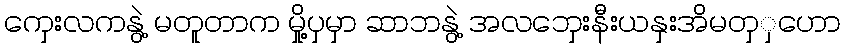
ကှေးလကနွဲ့ မတူတာက မှို့ပှမှာ ဆာဘနွဲ့ အလဘှေးနီးယနှးအိမတှှဟော